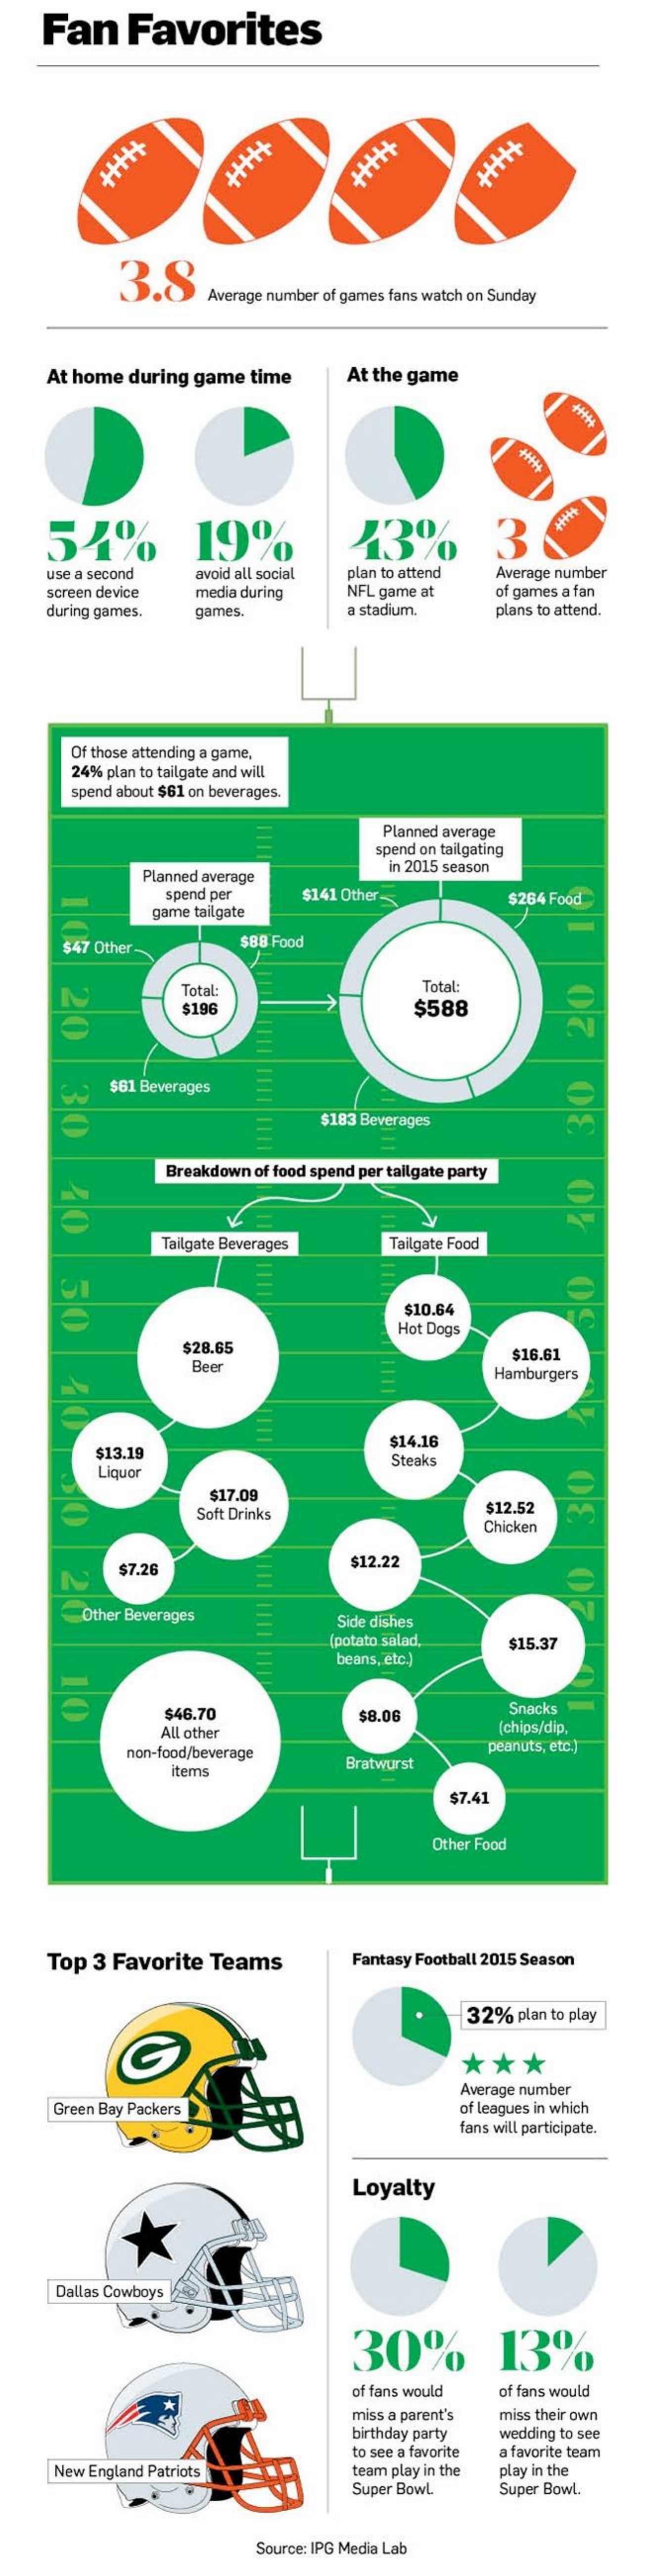
Fan    Favorites
     +++++
     3.8
     Average number of games fans watch on Sunday
    At home during game time  At the game
    54%    19%    13%    3
    use a second avoid all social plan to attend Average number
    screen device media during NFL game at of games a fan
    during games. games.    a stadium.  plans to attend.
     Of those attending a game,
     24% plan to tailgate and will
     spend about $61 on beverages.
     E    Planned average
     spend on tailgating
     Planned average
     in 2015 season
     spend per   $141 Other-    $264 Food
     game tailgate
     $47 Other-    $88 Food
     20
     Total:    Total:
     $196    $588    20
     30
     70
     50
     70
     $61 Beverages
     $183 Beverages    30
     Breakdown of food spend per tailgate party
     Tailgate Beverages Tailgate Food
     E
     $10.64
     $28.65
     Hot Dogs
     Beer
     E
     $16.61
     Hamburgers
     E
     $13.19
     $14.16
     Liquor
     Steaks
     $17.09
     Soft Drinks    $12.52
     Chicken
     30
     N
     7.26    $12.22
     Other Beverages    Side dishes
     E
     (potato salad,
     beans, etc.)
     $15.37
     10
     $46.70    $8.06    Snacks
     All other    (chips/dip.
     non-food/beverage    peanuts, etc.)
     items    Bratwurst
     $7.41
     Other Food
    Top 3 Favorite Teams    Fantasy Football 2015 Season
     32% plan to play
     ***
     Average number
     Green Bay Packers    of leagues in which
     fans will participate.
     Loyalty
     Dallas Cowboys
     30%    13%
     of fans would of fans would
     miss a parent's
     birthday party
     miss their own
     wedding to see
     to see a favorite a favorite team
     New England Patriots    team play in the play in the
     Super Bowl.  Super Bowl.
     Source: IPG Media Lab